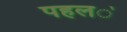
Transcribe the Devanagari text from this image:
पहल॓